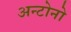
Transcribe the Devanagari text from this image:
अन्टोनो